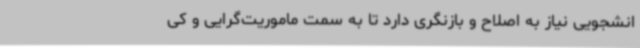
انشجویی نیاز به اصلاح و بازنگری دارد تا به سمت ماموریت‌گرایی و کی